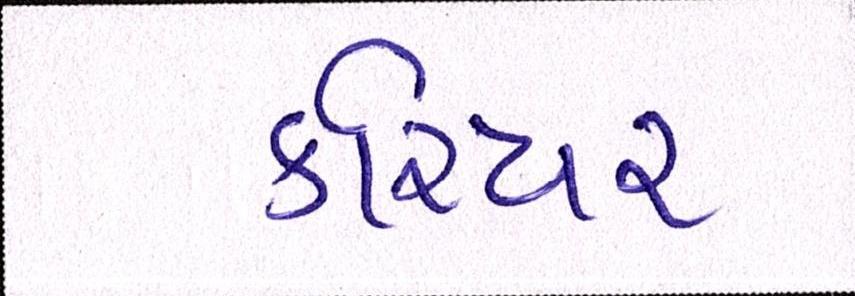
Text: કરિયર